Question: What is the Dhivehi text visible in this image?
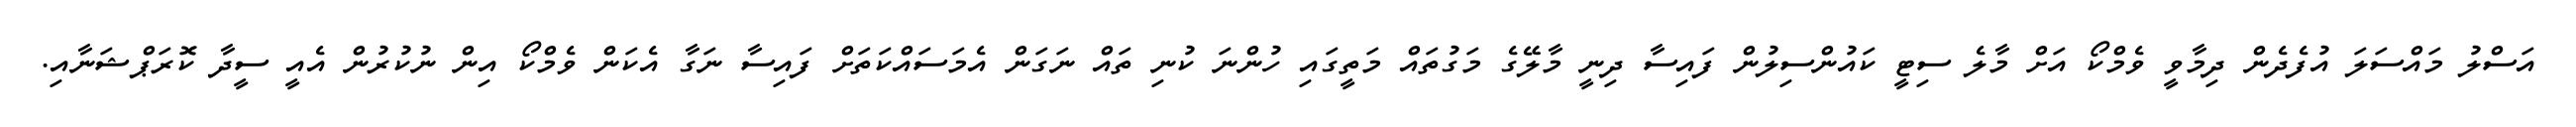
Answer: އަސްލު މައްސަލަ އުފެދެން ދިމާވީ ވެމްކޯ އަށް މާލެ ސިޓީ ކައުންސިލުން ފައިސާ ދިނީ މާލޭގެ މަގުތައް މަތީގައި ހުންނަ ކުނި ތައް ނަގަން އެމަސައްކަތަށް ފައިސާ ނަގާ އެކަން ވެމްކޯ އިން ނުކުރުން އެއީ ސީދާ ކޮރަޕްޝަނާއި.